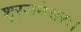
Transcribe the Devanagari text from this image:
शूरजनेश्वरः।